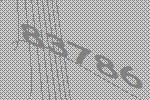
83786